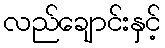
လည်ချောင်းနှင့်